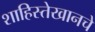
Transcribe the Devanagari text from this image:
शाहिस्तेखानचे